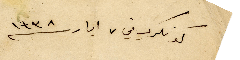
كونكري في ٧ أيار ١۹۳٨